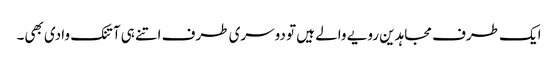
ایک طرف مجاہدین رویے والے ہیں تو دوسری طرف اتنے ہی آتنک وادی بھی۔